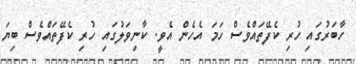
ހާބަރުގައި ހުރި ކެފޭތައްވެސް ހަމަ އެހެން އެވީ. ކާނިވަލުގައި ހުރި ކެފޭތައްވެސް ބިޔަ